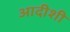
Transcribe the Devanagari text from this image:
आदीशी